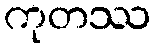
ကုတဿ